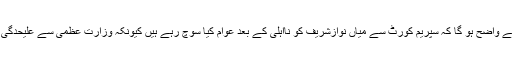
اس بارے میں کچھ صورتحال این اے 120 کے ضمنی الیکشن کے نتیجے سے بھی واضح ہوگی اس سے واضح ہو گا کہ سپریم کورٹ سے میاں نوازشریف کو نااہلی کے بعد عوام کیا سوچ رہے ہیں کیونکہ وزارت عظمیٰ سے علیحدگی کے بعد ابھی تک بھی مرکز اور پنجاب میں میاں نوازشریف کی جماعت مسلم لیگ ن کی حکومتیں ہیں۔